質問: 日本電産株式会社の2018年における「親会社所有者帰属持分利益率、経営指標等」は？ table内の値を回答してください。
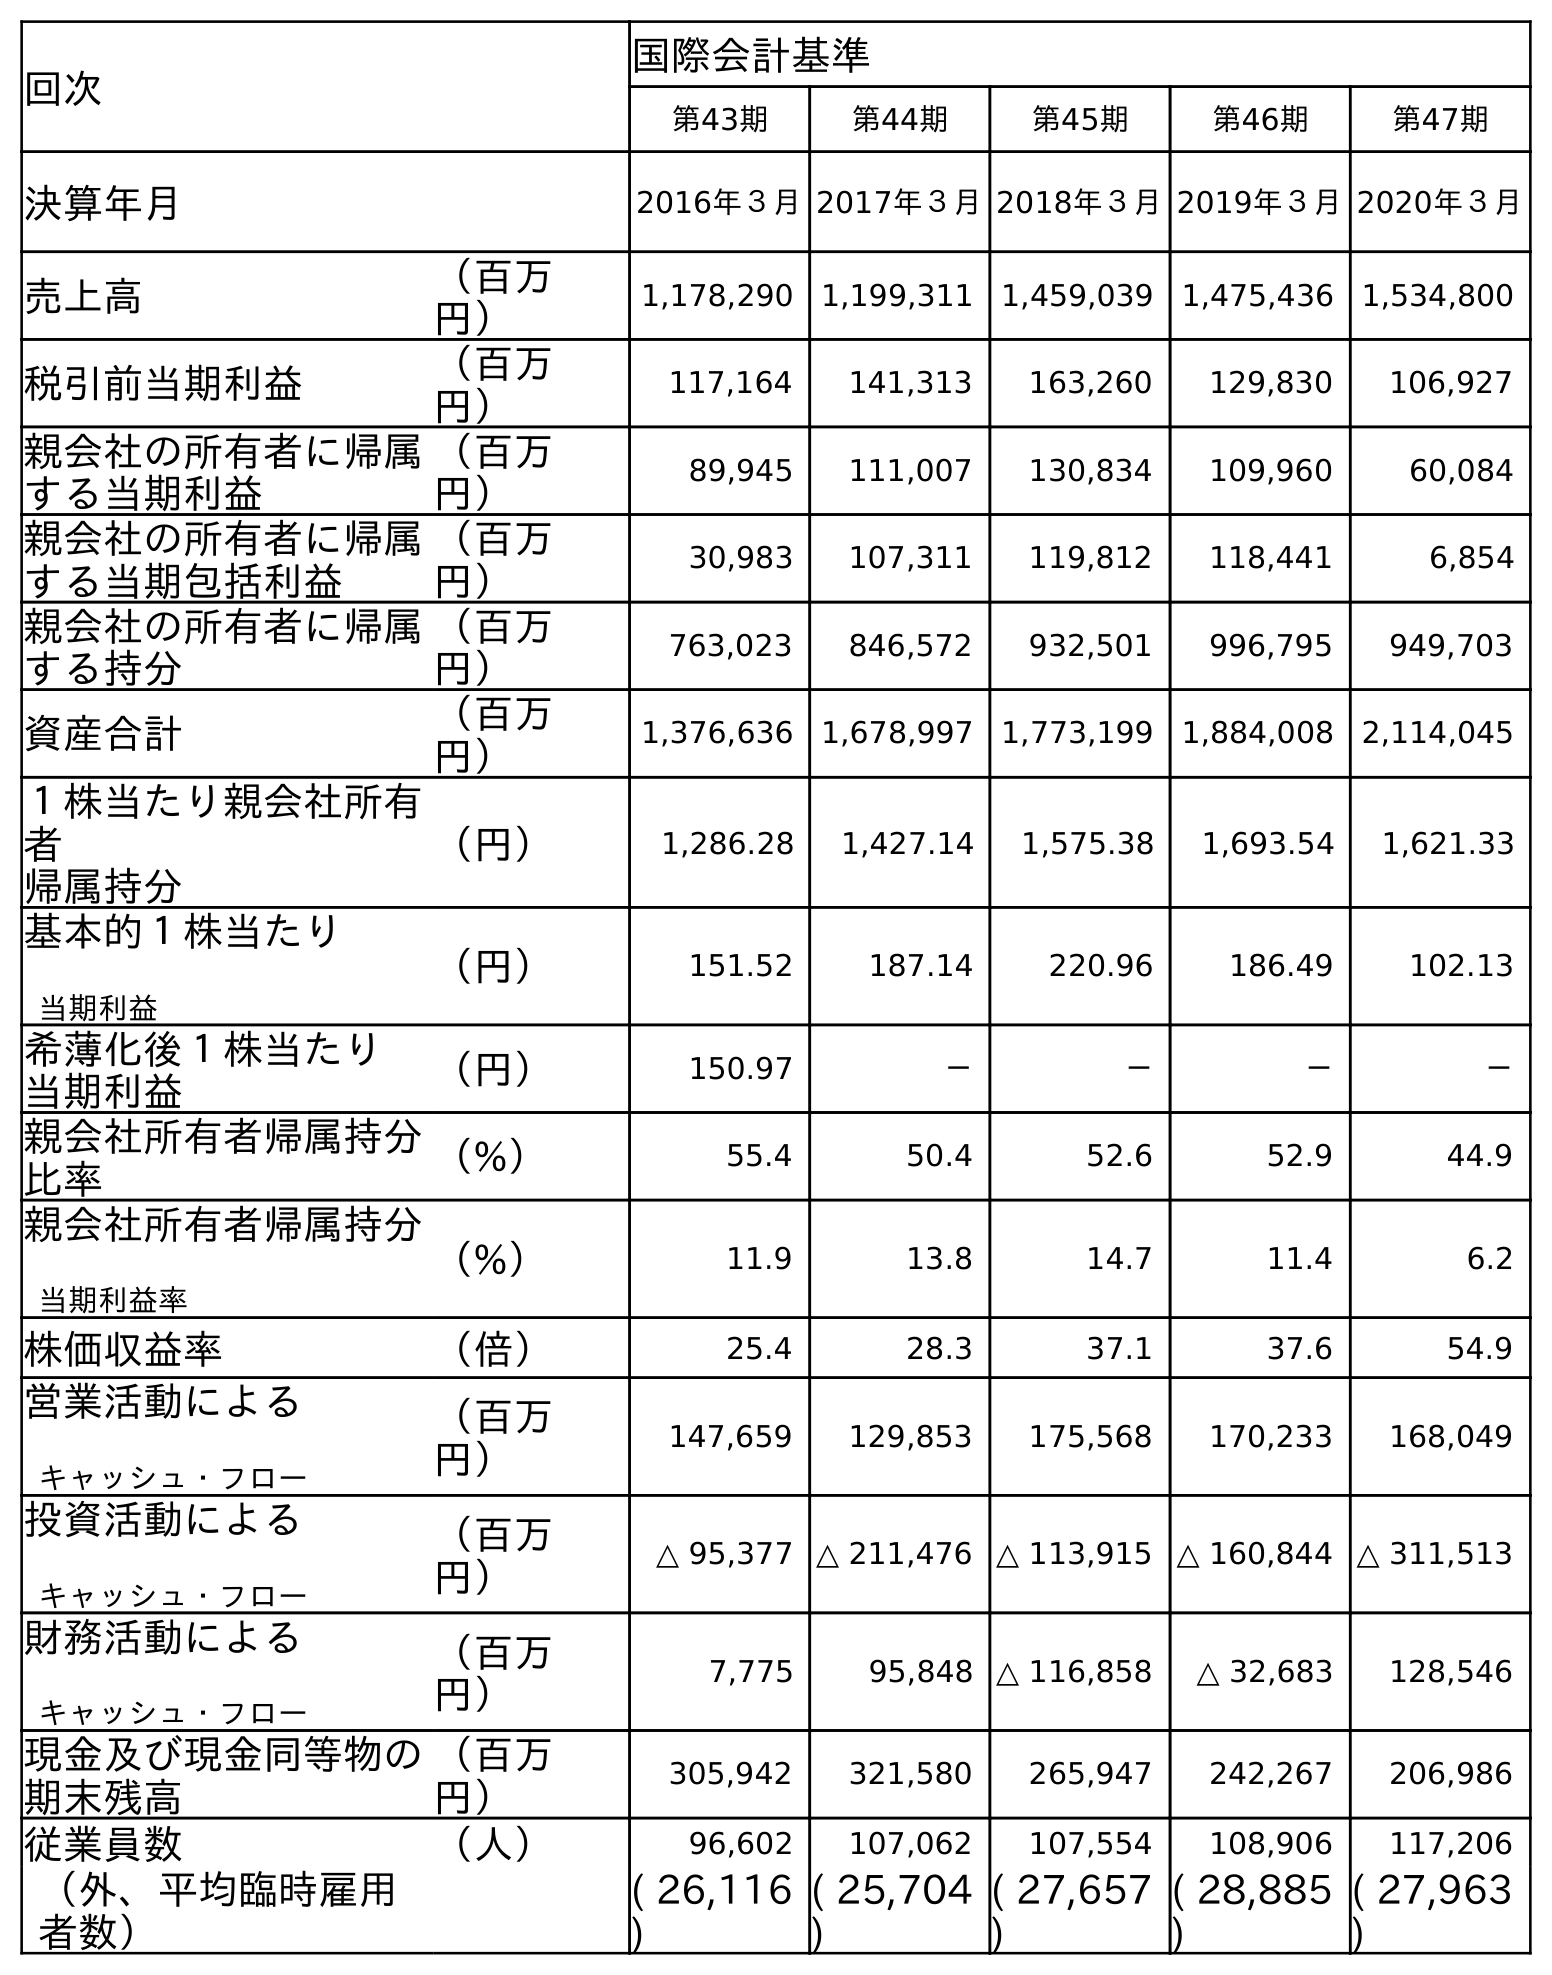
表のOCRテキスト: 回次 国際会計基準 第43期 第44期 第45期 第46期 第47期 決算年月 2016年３月2017年３月2018年３月2019年３月2020年３月 売上高 （百万 円） 1,178,290 1,199,311 1,459,039 1,475,436 1,534,800 税引前当期利益 （百万 円） 117,164 141,313 163,260 129,830 106,927 親会社の所有者に帰属 する当期利益 （百万 円） 89,945 111,007 130,834 109,960 60,084 親会社の所有者に帰属 する当期包括利益 （百万 円） 30,983 107,311 119,812 118,441 6,854 親会社の所有者に帰属 する持分 （百万 円） 763,023 846,572 932,501 996,795 949,703 資産合計 （百万 円） 1,376,636 1,678,997 1,773,199 1,884,008 2,114,045 １株当たり親会社所有 者 帰属持分 （円） 1,286.28 1,427.14 1,575.38 1,693.54 1,621.33 基本的１株当たり 当期利益 （円） 151.52 187.14 220.96 186.49 102.13 希薄化後１株当たり 当期利益 （円） 150.97 － － － － 親会社所有者帰属持分 比率 （%） 55.4 50.4 52.6 52.9 44.9 親会社所有者帰属持分 当期利益率 （%） 11.9 13.8 14.7 11.4 6.2 株価収益率 （倍） 25.4 28.3 37.1 37.6 54.9 営業活動による キャッシュ・フロー （百万 円） 147,659 129,853 175,568 170,233 168,049 投資活動による キャッシュ・フロー （百万 円） △ 95,377 △ 211,476 △ 113,915 △ 160,844 △ 311,513 財務活動による キャッシュ・フロー （百万 円） 7,775 95,848 △ 116,858 △ 32,683 128,546 現金及び現金同等物の 期末残高 （百万 円） 305,942 321,580 265,947 242,267 206,986 従業員数 （人） 96,602 107,062 107,554 108,906 117,206 （外、平均臨時雇用 者数） ( 26,116 ) ( 25,704 ) ( 27,657 ) ( 28,885 ) ( 27,963 )
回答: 14.7